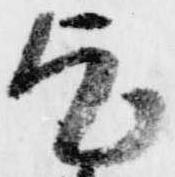
乞